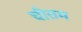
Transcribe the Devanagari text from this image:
चीतम